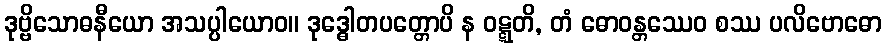
ဒုဗ္ဗိသောဓနီယော အသပ္ပါယောဝ။ ဒုဒ္ဓေါတပတ္တောပိ န ဝဋ္ဋတိ, တံ ဓောဝန္တဿေဝ စဿ ပလိဗောဓော